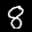
Label: 8